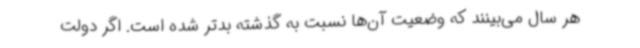
هر سال می‌بینند که وضعیت آن‌ها نسبت به گذشته بدتر شده است. اگر دولت